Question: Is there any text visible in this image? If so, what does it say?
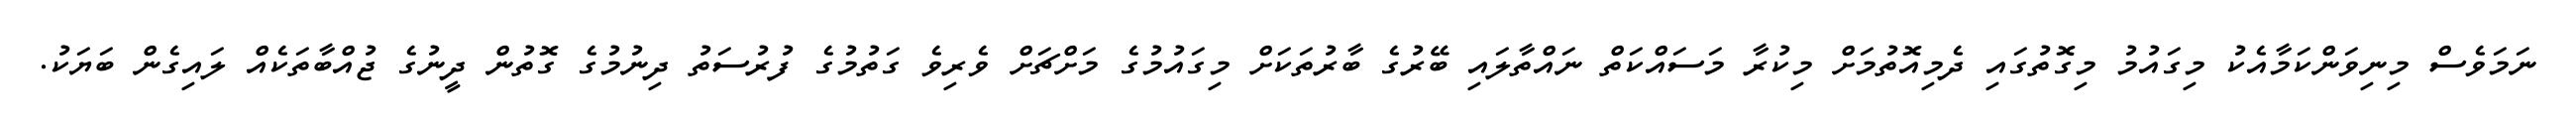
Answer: ނަމަވެސް މިނިވަންކަމާއެކު މިގައުމު މިގޮތުގައި ދެމިއޮތުމަށް މިކުރާ މަސައްކަތް ނައްތާލައި ބޭރުގެ ބާރުތަކަށް މިގައުމުގެ މަށްޗަށް ވެރިވެ ގަތުމުގެ ފުރުސަތު ދިނުމުގެ ގޮތުން ދީނުގެ ޖުއްބާތަކެއް ލައިގެން ބަޔަކު.